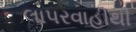
લાપરવાહીથી